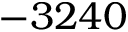
- 3 2 4 0